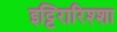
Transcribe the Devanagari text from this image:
इट्टिरारिश्शा